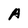
Character: A